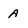
Character: A